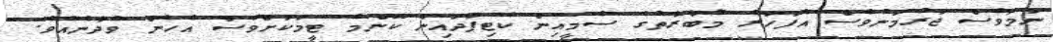
ނަމަވެސް ޖަރުމަނުވެސް އެފަހަރު މުބާރާތުގެ ސެމީއިން ކެޓިފަދައިން ކޮންމެ ޓީމަކަށްވެސް އެހެން ވެދާނެއެވެ.